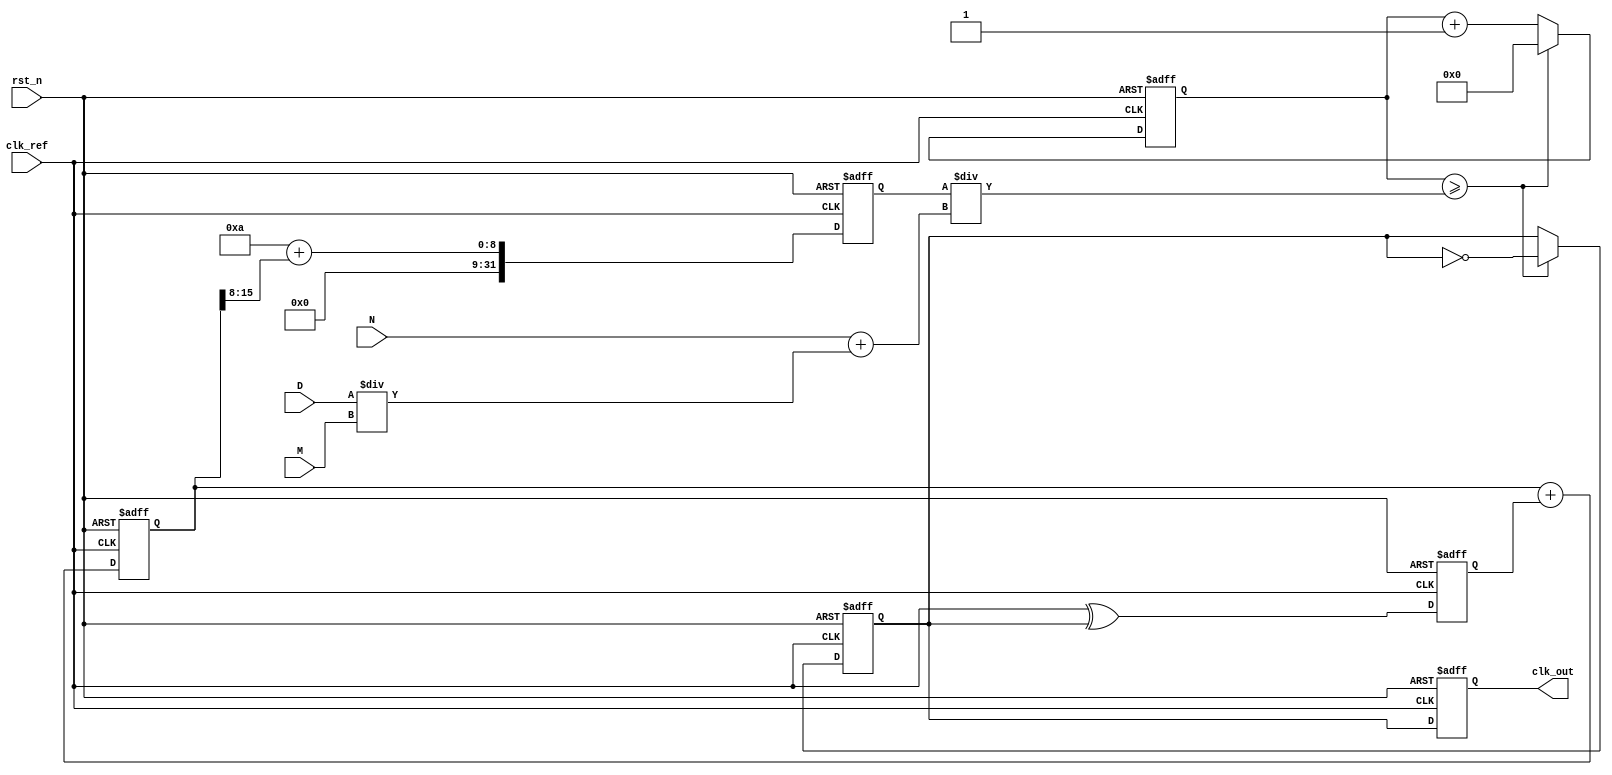
module FracN_PLL (
    input wire clk_ref,         // Reference clock input
    input wire rst_n,          // Active low reset
    input wire [N_WIDTH-1:0] N, // Integer part of division
    input wire [D_WIDTH-1:0] D, // Numerator for fractional division
    input wire [M_WIDTH-1:0] M, // Denominator for fractional division
    output reg clk_out         // Output clock
);

// Parameters definition
parameter N_WIDTH = 10;      // Width for integer value
parameter D_WIDTH = 10;      // Width for numerator
parameter M_WIDTH = 10;      // Width for denominator
parameter VCO_MAX_FREQ = 100; // Max frequency of VCO
parameter VCO_MIN_FREQ = 10;  // Min frequency of VCO

// Phase Detector
reg phase_error;

// Loop Filter
reg [15:0] control_voltage;   // Control voltage for VCO
reg [15:0] filter_output;

// Voltage-Controlled Oscillator (VCO)
reg [31:0] vco_frequency;

// Frequency Divider
reg [N_WIDTH-1:0] counter;
reg clk_div;

// State definitions for control logic
localparam IDLE = 2'b00, LOCKED = 2'b01, CONFIGURE = 2'b10;
reg [1:0] state, next_state;

// Phase Detector implementation (simple XOR for PFD)
always @(posedge clk_ref or negedge rst_n) begin
    if (!rst_n) begin
        phase_error <= 0;
    end else begin
        // Phase error calculation between reference and feedback (simplified)
        // Actual implementation would require a more complex logic
        phase_error <= clk_ref ^ clk_div;  
    end
end

// Loop Filter implementation (simple first-order)
always @(posedge clk_ref or negedge rst_n) begin
    if (!rst_n) begin
        control_voltage <= 0;
    end else begin
        control_voltage <= control_voltage + phase_error; // Integrate phase error
    end
end

// VCO implementation
always @(posedge clk_ref or negedge rst_n) begin
    if (!rst_n) begin
        vco_frequency <= VCO_MIN_FREQ;
    end else begin
        // VCO frequency depends on the control voltage
        // This is simplified; a real implementation would have a more complex model
        vco_frequency <= VCO_MIN_FREQ + control_voltage[15:8];
    end
end

// Frequency Divider implementation
always @(posedge clk_ref or negedge rst_n) begin
    if (!rst_n) begin
        counter <= 0;
        clk_div <= 0;
    end else begin
        counter <= counter + 1;
        if (counter >= (vco_frequency / (N + (D/M)))) begin
            counter <= 0;
            clk_div <= ~clk_div; // Toggle divided clock
        end
    end
end

// Output clock generation
always @(posedge clk_ref or negedge rst_n) begin
    if (!rst_n) begin
        clk_out <= 0;
    end else begin
        clk_out <= clk_div; // Output divided clock
    end
end

endmodule